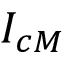
I _ { c M }